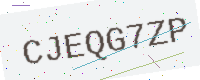
Text: CJEQG7ZP